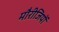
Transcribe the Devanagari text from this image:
मौरीजियों